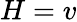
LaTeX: H=v